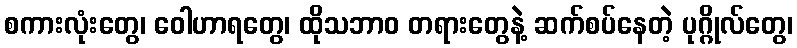
စကားလုံးတွေ၊ ဝေါဟာရတွေ၊ ထိုသဘာဝ တရားတွေနဲ့ ဆက်စပ်နေတဲ့ ပုဂ္ဂိုလ်တွေ၊